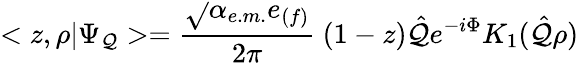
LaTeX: <z,\rho|\Psi_{\mathcal{Q}}>=\frac{{\sqrt{}{{\alpha_{e.m.}}}e_{(f)}}}{{2\pi}}\ (1-z)\hat{{\mathcal{Q}}}e^{-i\Phi}K_{1}(\hat{{\mathcal{Q}}}\rho)